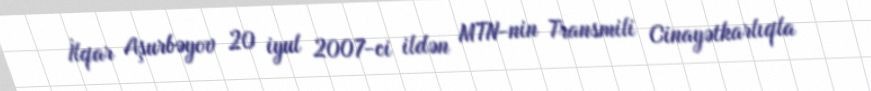
İlqar Aşurbəyov 20 iyul 2007-ci ildən MTN-nin Transmili Cinayətkarlıqla